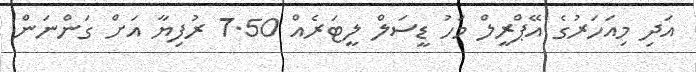
އަދި މިއަހަރުގެ އޭޕްރީލް މަހު ޑީސަލް ލީޓަރެއް 7.50 ރުފިޔާ އަށް ގަންނަން